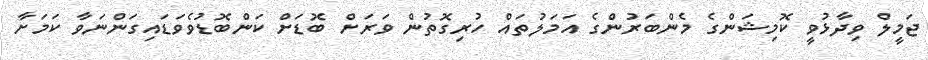
ޖަމީލް ވިދާޅުވީ ކޮމިޝަންގެ މެންބަރުންގެ އަމަލުތައް ހުރިގޮތުން ވަރަށް ބޮޑަށް ކަންބޮޑުވެވަޑައިގަންނަވާ ކަމަށާ